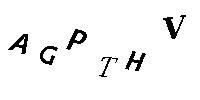
AGPTHV